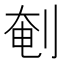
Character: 剦